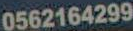
0562164299